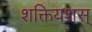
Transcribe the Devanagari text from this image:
शक्तियशस्